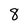
Character: 8